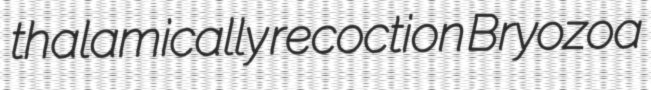
thalamically recoction Bryozoa